Madras plague regulations and rules - Volume 2
Disease focus: Plague
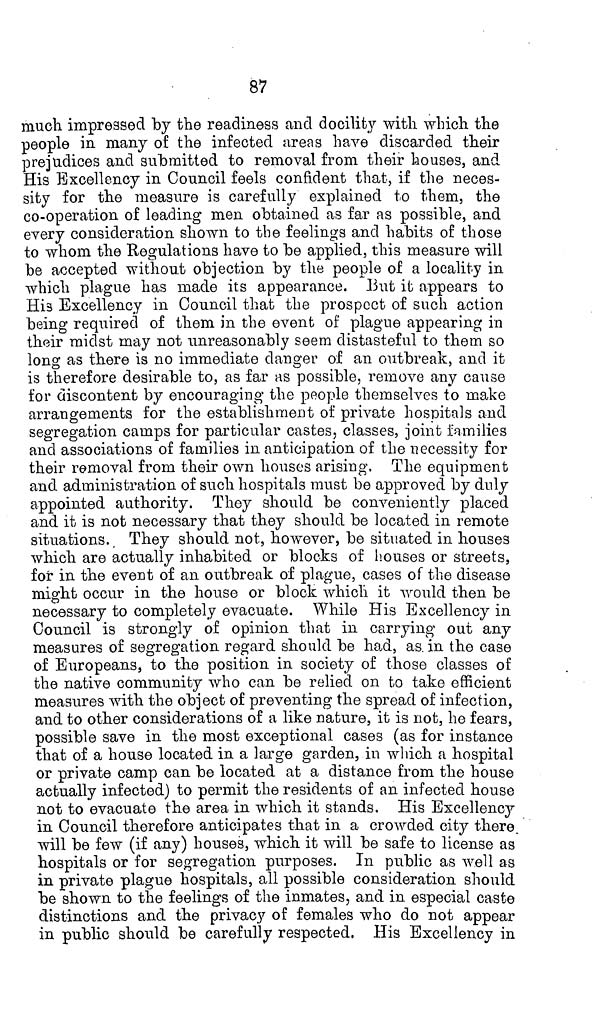
87
much impressed by the readiness and docility with which the
people in many of the infected areas have discarded their
prejudices and submitted to removal from their houses, and
His Excellency in Council feels confident that, if the neces-
sity for the measure is carefully explained to them, the
co-operation of leading men obtained as far as possible, and
every consideration shown to the feelings and habits of those
to whom the Regulations have to be applied, this measure will
be accepted without objection by the people of a locality in
which plague has made its appearance. But it appears to
His Excellency in Council that the prospect of such action
being required of them in the event of plague appearing in
their midst may not unreasonably seem distasteful to them so
long as there is no immediate danger of an outbreak, and it
is therefore desirable to, as far as possible, remove any cause
for discontent by encouraging the people themselves to make
arrangements for the establishment of private hospitals and
segregation camps for particular castes, classes, joint families
and associations of families in anticipation of the necessity for
their removal from their own houses arising. The equipment
and administration of such hospitals must be approved by duly
appointed authority. They should be conveniently placed
and it is not necessary that they should be located in remote
situations. They should not, however, be situated in houses
which are actually inhabited or blocks of houses or streets,
for in the event of an outbreak of plague, cases of the disease
might occur in the house or block which it would then be
necessary to completely evacuate. While His Excellency in
Council is strongly of opinion that in carrying out any
measures of segregation regard should be had, as in the case
of Europeans, to the position in society of those classes of
the native community who can be relied on to take efficient
measures with the object of preventing the spread of infection,
and to other considerations of a like nature, it is not, he fears,
possible save in the most exceptional cases (as for instance
that of a house located in a large garden, in which a hospital
or private camp can be located at a distance from the house
actually infected) to permit the residents of an infected house
not to evacuate the area in which it stands. His Excellency
in Council therefore anticipates that in a crowded city there
will be few (if any) houses, which it will be safe to license as
hospitals or for segregation purposes. In public as well as
in private plague hospitals, all possible consideration should
be shown to the feelings of the inmates, and in especial caste
distinctions and the privacy of females who do not appear
in public should be carefully respected, His Excellency in